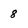
Character: 8